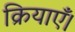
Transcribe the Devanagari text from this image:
क्रियाएँ।